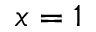
x = 1